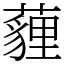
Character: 薶